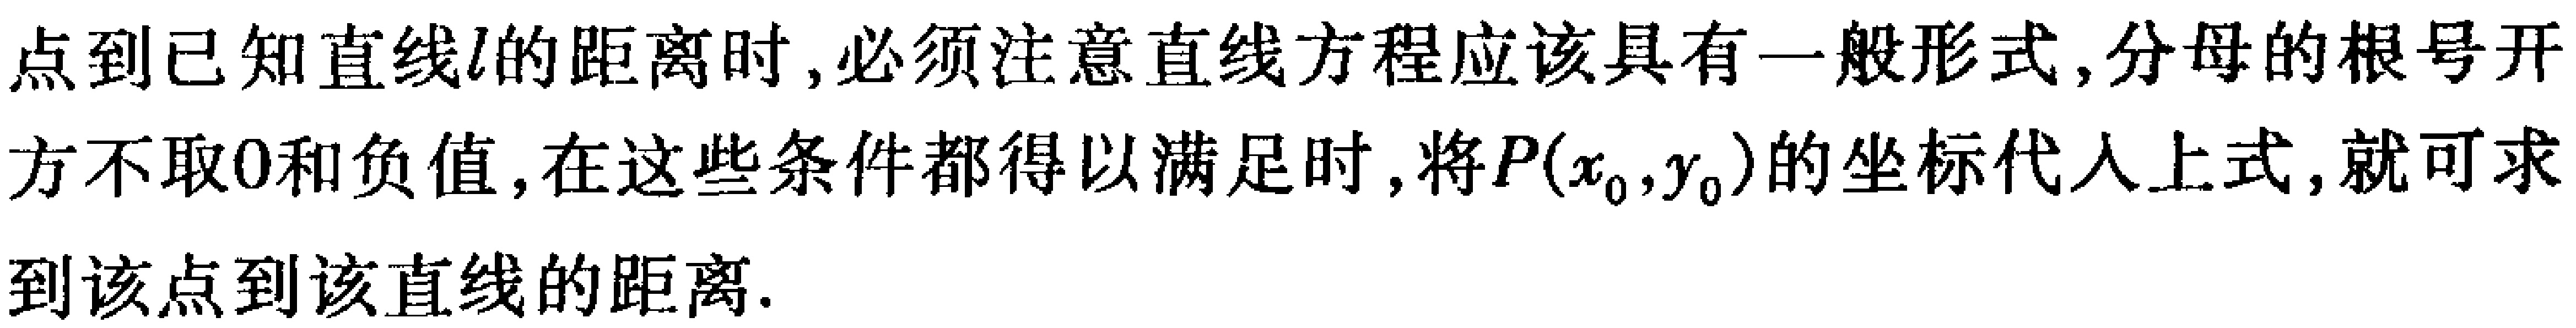
点到已知直线\(l\)的距离时,必须注意直线方程应该具有一般形式,分母的根号开方不取\(0\)和负值,在这些条件都得以满足时,将\(P(x_{0},y_{0})\)的坐标代入上式,就可求到该点到该直线的距离.